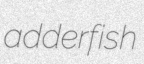
adderfish